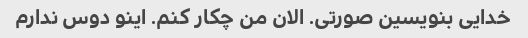
خدایی بنویسین صورتی. الان من چکار کنم. اینو دوس ندارم